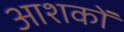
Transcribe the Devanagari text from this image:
आशकों